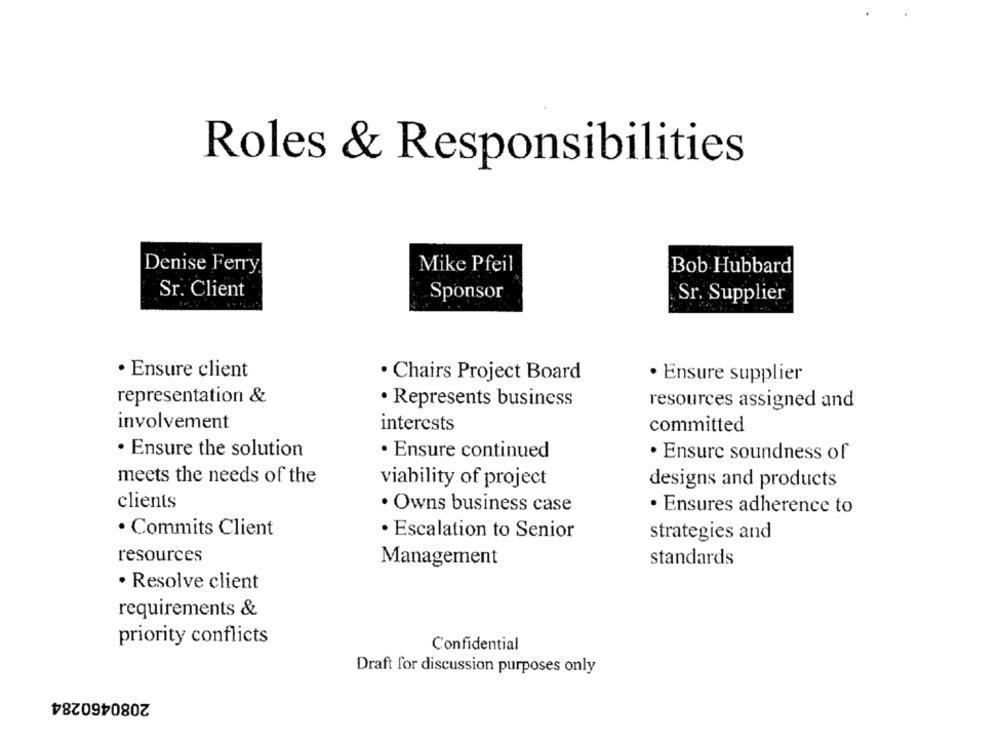
Roles & Responsibilities
Denise Ferry
Mike Pfeil
Bob Hubbard
Sr. Client
Sponsor
Sr. Supplier
· Ensure client
. Chairs Project Board
· Ensure supplier
representation &
. Represents business
resources assigned and
involvement
interests
committed
. Ensure the solution
· Ensure continued
. Ensure soundness of
meets the needs of the
viability of project
designs and products
clients
· Owns business case
· Ensures adherence to
· Commits Client
· Escalation to Senior
strategies and
resources
Management
standards
· Resolve client
requirements &
priority conflicts
Confidential
Draft for discussion purposes only
2080460284